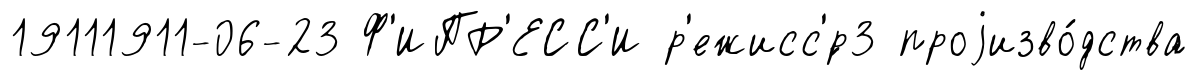
19111911-06-23 Ф'ИПР'ЕСС'И р'ежисс'́р3 проjизво́дства